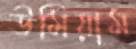
উমিয়াম